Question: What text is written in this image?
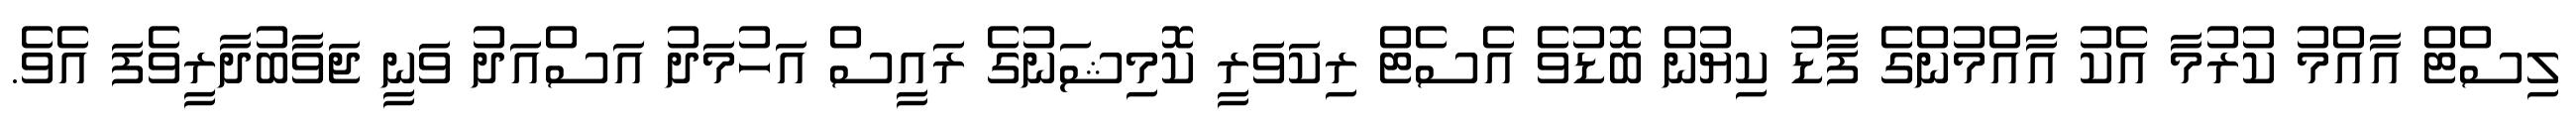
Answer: ލިސްޓް އާއްމު ކުރުމާ އެކު އާއްމުންގެ ފާޑު ކިޔުން ބޮޑުވެ އެސެޓް ރިކަވަރީ ކޮމިޝަނުގެ ރައީސް އަހުމަދު އަސްއަދު ވަނީ ޖަވާބުދާރީވެފަ އެވެ.